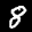
Label: 8